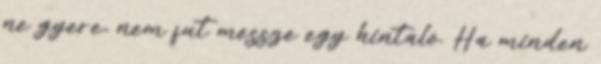
ne gyere, nem fut messze egy hintaló. Ha minden